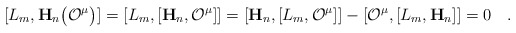
\begin{align*} [L_m,\mathbf{H}_n\bigl({\cal O}^\mu\bigr)] =[L_m,[\mathbf{H}_n,{\cal O}^\mu]]= [\mathbf{H}_n,[L_m,{\cal O}^\mu]]- [{\cal O}^\mu,[L_m,\mathbf{H}_n]]=0 \quad.\end{align*}